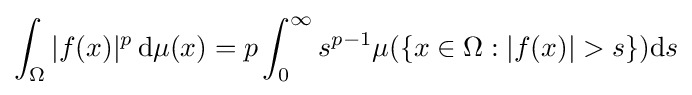
\int _{\Omega }|f(x)|^{p}\,\mathrm {d} \mu (x)=p\int _{0}^{\infty }s^{p-1}\mu (\{x\in \Omega :|f(x)|>s\})\mathrm {d} s